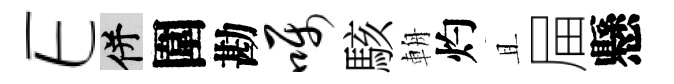
E并圍勘嘱駭輈灼且屇懸